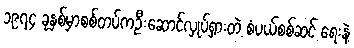
၁၉၇၄ ခုနှစ်မှာစစ်တပ်ကဦးဆောင်လှုပ်ရှားတဲ့ စံပယ်စစ်ဆင် ရေးနဲ့